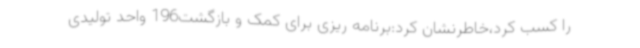
را کسب کرد،خاطرنشان کرد:برنامه ریزی برای کمک و بازگشت196 واحد تولیدی